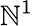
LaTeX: \mathbb{N}^{1}